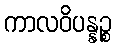
ကာလဝိပန္နဉ္စ